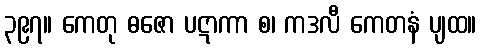
၃၉၇။ ကေတု ဓဇော ပဋာကာ စ၊ ကဒလီ ကေတနံ ပျထ။